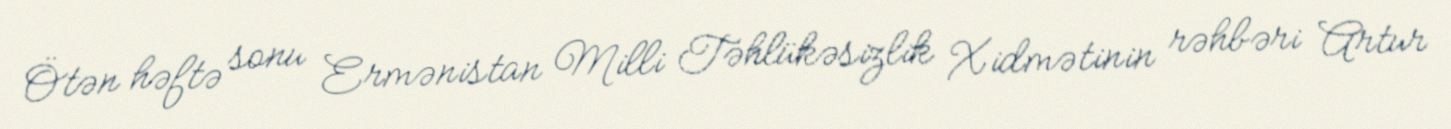
Ötən həftə sonu Ermənistan Milli Təhlükəsizlik Xidmətinin rəhbəri Artur